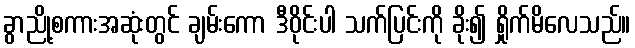
ခွာညို့စကားအဆုံးတွင် ချမ်းကော ဒီဝိုင်းပါ သက်ပြင်းကို ခိုး၍ ရှိုက်မိလေသည်။